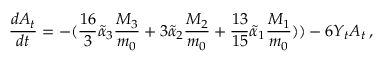
\frac { d A _ { t } } { d t } = - ( \frac { 1 6 } { 3 } \tilde { \alpha } _ { 3 } \frac { M _ { 3 } } { m _ { 0 } } + 3 \tilde { \alpha } _ { 2 } \frac { M _ { 2 } } { m _ { 0 } } + \frac { 1 3 } { 1 5 } \tilde { \alpha } _ { 1 } \frac { M _ { 1 } } { m _ { 0 } } ) ) - 6 Y _ { t } A _ { t } \, ,